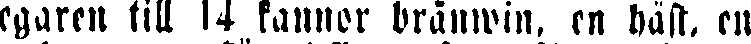
egaren till 14 kannor bränwin, en häst, en